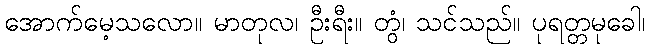
အောက်မေ့သလော။ မာတုလ၊ ဦးရီး။ တွံ၊ သင်သည်။ ပုရတ္တမုခေါ၊